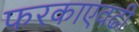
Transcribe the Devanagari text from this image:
फरकाएवढी